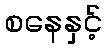
စနေနှင့်